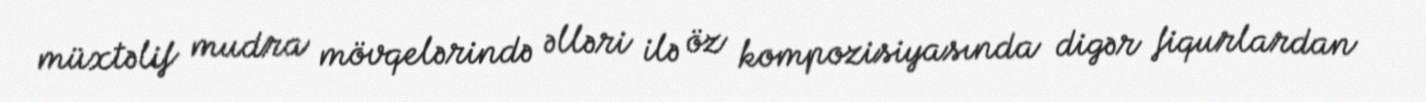
müxtəlif mudra mövqelərində əlləri ilə öz kompozisiyasında digər fiqurlardan